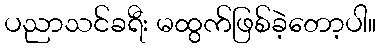
ပညာသင်ခရီး မထွက်ဖြစ်ခဲ့တော့ပါ။